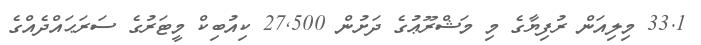
33.1 މިލިއަން ރުފިޔާގެ މި މަޝްރޫޢުގެ ދަށުން 27